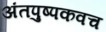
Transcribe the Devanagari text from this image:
अंतपुष्पकवच